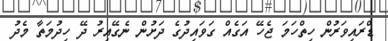
ޑްރައިވަރުން ހިތްހަމަ ޖެހޭ އަގެއް ގަވައިދުގެ ދަށުން ނެގޭއިރު ދޭ ހިދުމަތާ މެދު